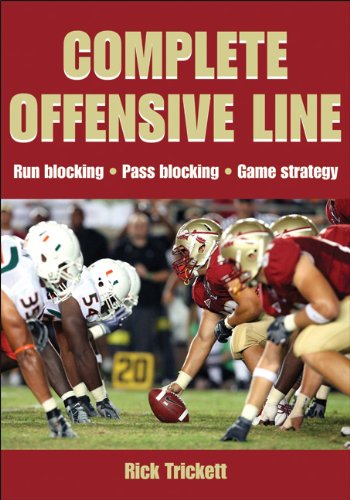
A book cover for Complete Offensive Line; Rick Trickett; Sports & Outdoors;